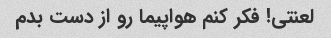
لعنتی! فکر کنم هواپیما رو از دست بدم